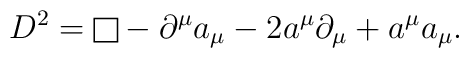
D^2 = {\vcenter{\vbox{\hrule height.4pt\hbox{\vrule width.4ptheight8pt\kern8pt\vrule width.4pt}\hrule height.4pt}}} - \partial^\mu a_\mu -2a^\mu\partial_\mu + a^\mu a_\mu.